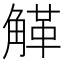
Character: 𧤒